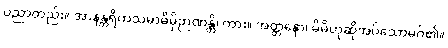
ပညာတည်း။ အာနန္တရိကသမာဓိမှိဉာဏန္တိ၊ ကား။ အတ္တနော၊ မိမိဟုဆိုအပ်သောမဂ်၏။